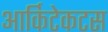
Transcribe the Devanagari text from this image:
आर्किटेकटस